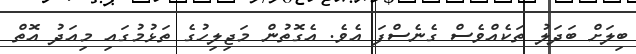
ބިލަށް ބަދަލު ތަކެއްވެސް ގެނެސްފަ އެވެ. އެގޮތުން މަޖިލިހުގެ ތަޅުމުގައި މިއަދު އޮތް